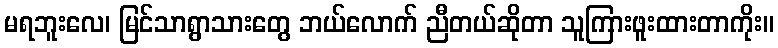
မရဘူးလေ၊ မြင်သာရွာသားတွေ ဘယ်လောက် ညီတယ်ဆိုတာ သူကြားဖူးထားတာကိုး။